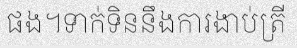
ផង។ទាក់ទិននឹងការងាប់ត្រី